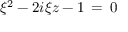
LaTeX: \xi ^ { 2 } - 2 i \xi z - 1 \, = \, 0